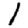
Digit: 1